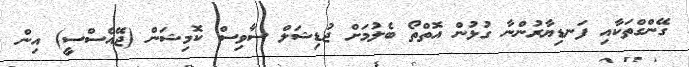
ގޭންގްތަކާއި ފަނޑިޔާރުންނާ ގުޅުން އޮތްތޯ ބެލުމަށް ޖުޑިޝަލް ސާވިސް ކޮމިޝަން (ޖޭއެސްސީ) އިން